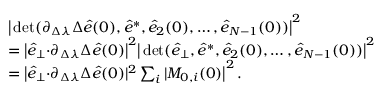
\begin{array} { r l } & { { \big \vert \operatorname* { d e t } ( \partial _ { \Delta \lambda } \Delta \hat { e } ( 0 ) , \hat { e } ^ { * } , \hat { e } _ { 2 } ( 0 ) , \dots , \hat { e } _ { N - 1 } ( 0 ) ) \big \vert ^ { 2 } } } \\ & { = { \big \vert \hat { e } _ { \perp } { \cdot } \partial _ { \Delta \lambda } \Delta \hat { e } ( 0 ) \big \vert ^ { 2 } \big \vert \operatorname* { d e t } ( \hat { e } _ { \perp } , \hat { e } ^ { * } , \hat { e } _ { 2 } ( 0 ) , \dots , \hat { e } _ { N - 1 } ( 0 ) ) \big \vert ^ { 2 } } } \\ & { = { \big \vert \hat { e } _ { \perp } { \cdot } \partial _ { \Delta \lambda } \Delta \hat { e } ( 0 ) \vert ^ { 2 } \sum _ { i } \vert M _ { 0 , i } ( 0 ) \big \vert ^ { 2 } } \, . } \end{array}